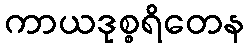
ကာယဒုစ္စရိတေန